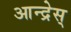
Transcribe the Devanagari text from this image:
आन्द्रेस्